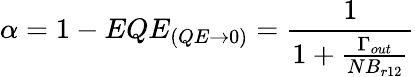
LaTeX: \alpha=1-EQE_{(QE\rightarrow 0)}=\frac{1}{1+\frac{\Gamma_{out}}{NB_{r12}}}